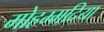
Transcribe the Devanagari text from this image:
मोहम्मदिया